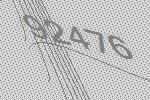
92476